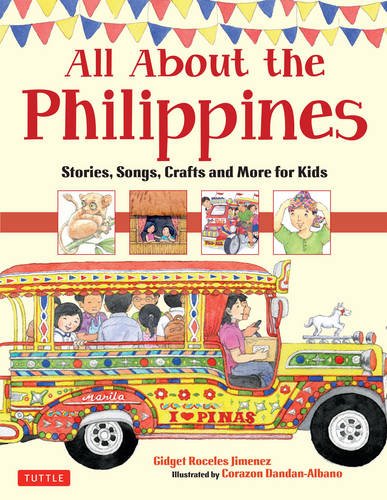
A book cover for All About the Philippines: Stories, Songs, Crafts and Games for Kids; Gidget Roceles Jimenez; Children's Books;